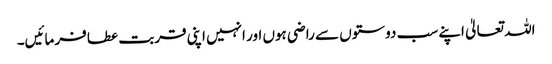
اللہ تعالیٰ اپنے سب دوستوں سے راضی ہوں اور انہیں اپنی قربت عطا فرمائیں۔